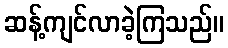
ဆန့်ကျင်လာခဲ့ကြသည်။